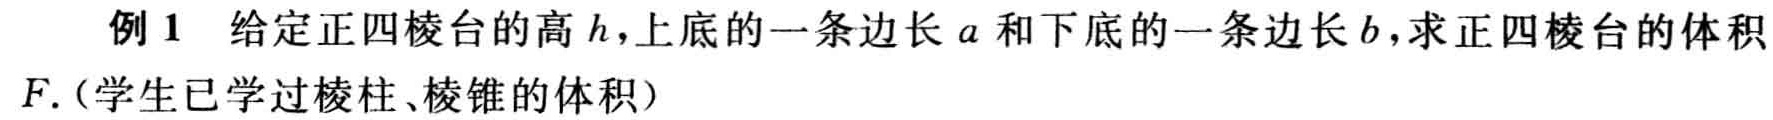
例 1 给定正四棱台的高\(h\)，上底的一条边长\(a\)和下底的一条边长\(b\)，求正四棱台的体积\(F\).（学生已学过棱柱、棱锥的体积）